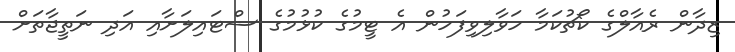
ޒިދާން ރެއާލްގެ ކޯޗުކަމާ ހަވާލިވިފަހުން އެ ޓީމުގެ ކުޅުމުގެ ސްޓައިލަށާއި އަދި ނަތީޖާތަށް